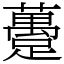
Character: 躉